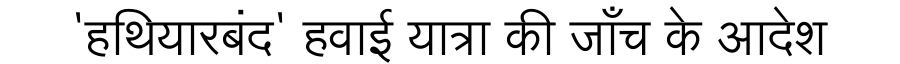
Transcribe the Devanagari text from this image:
'हथियारबंद' हवाई यात्रा की जाँच के आदेश